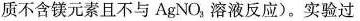
质不含镁元素且不与AgNO3溶液反应)。实验过